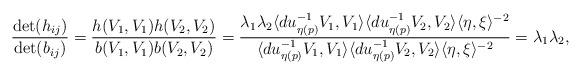
LaTeX: \begin{align*} \frac{\mathrm{det}(h_{ij})}{\mathrm{det}(b_{ij})} = \frac{h(V_1,V_1)h(V_2,V_2)}{b(V_1,V_1)b(V_2,V_2)} = \frac{\lambda_1\lambda_2\langle du^{-1}_{\eta(p)}V_1,V_1\rangle \langle du^{-1}_{\eta(p)}V_2,V_2\rangle \langle\eta,\xi\rangle^{-2}}{\langle du^{-1}_{\eta(p)}V_1,V_1\rangle \langle du^{-1}_{\eta(p)}V_2,V_2\rangle \langle\eta,\xi\rangle^{-2}} = \lambda_1\lambda_2,\end{align*}